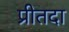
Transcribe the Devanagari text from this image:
प्रीतदा